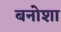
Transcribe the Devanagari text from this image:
बनोशा